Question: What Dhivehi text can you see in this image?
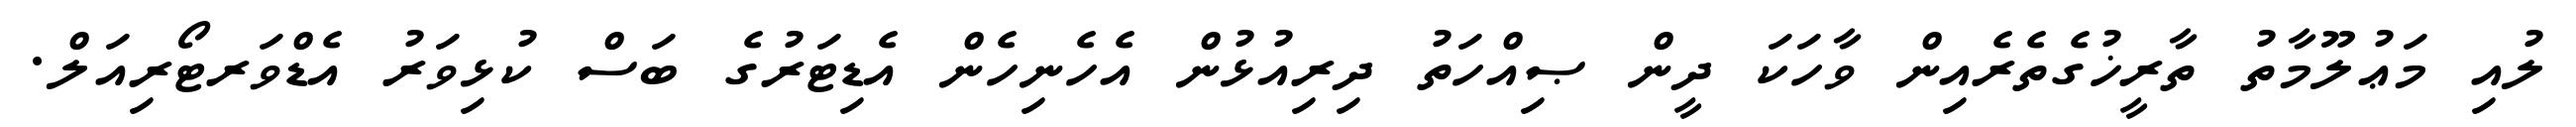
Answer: ލުއި މަޢުލޫމާތު ތާރީޚުގެތެރެއިން ވާހަކަ ދީން ޞިއްހަތު ދިރިއުޅުން އެހެނިހެން އެޑިޓަރުގެ ބަސް ކުޅިވަރު އެޑްވަރޓޯރިއަލް.